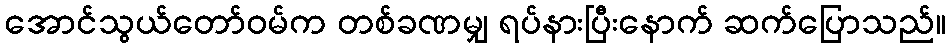
အောင်သွယ်တော်ဝမ်က တစ်ခဏမျှ ရပ်နားပြီးနောက် ဆက်ပြောသည်။